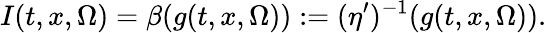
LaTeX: I(t,x,\Omega)=\beta(g(t,x,\Omega)):=(\eta^{\prime})^{-1}(g(t,x,\Omega)).